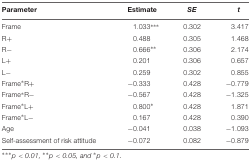
| Parameter | Estimate | SE | t |
 | --- | --- | --- | --- |
 | Frame | 1.033ˆ*** | 0.302 | 3.417 |
 | R+ | 0.488 | 0.305 | 1.468 |
 | R- | 0.666ˆ** | 0.306 | 2.174 |
 | L+ | 0.201 | 0.306 | 0.657 |
 | L- | 0.259 | 0.302 | 0.855 |
 | Frame∗R+ | -0.333 | 0.428 | -0.779 |
 | Frame∗R- | -0.567 | 0.428 | -1.325 |
 | Frame∗L+ | 0.800ˆ* | 0.428 | 1.871 |
 | Frame∗L- | 0.167 | 0.428 | 0.390 |
 | Age | -0.041 | 0.038 | -1.093 |
 | Self-assessment of risk attitude | -0.072 | 0.082 | -0.879 |